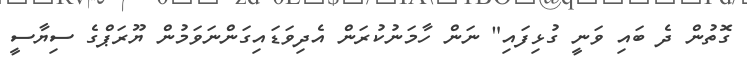
ގޮތުން ދެ ބައި ވަނީ ގުޅިފައި" ނަން ހާމަނުކުރަން އެދިވަޑައިގަންނަވަމުން ޔޫރަޕްގެ ސިޔާސީ